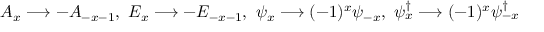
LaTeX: A _ { x } \longrightarrow - A _ { - x - 1 } , \ E _ { x } \longrightarrow - E _ { - x - 1 } , \ \psi _ { x } \longrightarrow ( - 1 ) ^ { x } \psi _ { - x } , \ \psi _ { x } ^ { \dag } \longrightarrow ( - 1 ) ^ { x } \psi _ { - x } ^ { \dag }